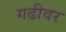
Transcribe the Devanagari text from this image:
गढीवर